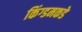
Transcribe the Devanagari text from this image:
किंग्डमकडे